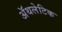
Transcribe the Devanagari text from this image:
अॅथलेटिक